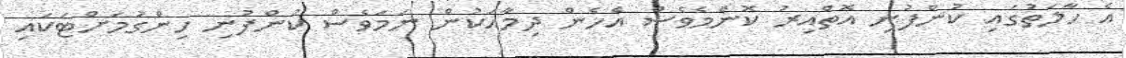
އެ ހާލަތުގައި ކުންފުނި އޮތްއިރު ކޮންމެވެސް އެހެން ދިމާއަކުން ނަމަވެސް ކުންފުނި ހިންގުމަށްޓަކައި